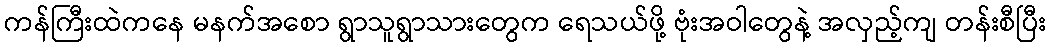
ကန်ကြီးထဲကနေ မနက်အစော ရွာသူရွာသားတွေက ရေသယ်ဖို့ ဗုံးအဝါတွေနဲ့ အလှည့်ကျ တန်းစီပြီး